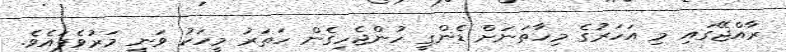
ރާއްޖޭގައި މި އަހަރުގެ މިހާތަނަށް ޑެންގީ ހުންޖެހިގެން ހަތަރު މީހަކު ވަނިީ މަރުވެފައެވެ.